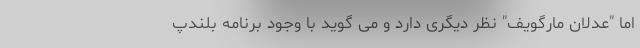
اما "عدلان مارگویف" نظر دیگری دارد و می گوید با وجود برنامه بلندپ